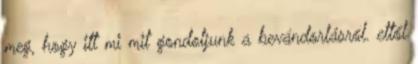
meg, hogy itt mi mit gondoljunk a bevándorlásról. ettől